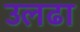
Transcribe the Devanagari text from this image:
उलढा